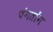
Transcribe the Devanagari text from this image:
चंगतोंग